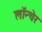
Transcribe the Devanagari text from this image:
लॉन्चेर